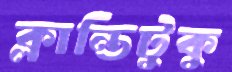
ক্লান্তিটুকু